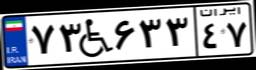
۷۳W۶۳۳۴۷